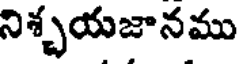
నిశ్చయజానము